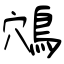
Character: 鴪